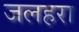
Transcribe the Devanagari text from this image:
जलहरा